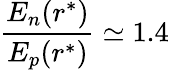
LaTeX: \frac{E_{n}(r^{*})}{E_{p}(r^{*})}\simeq 1.4